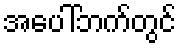
အပေါ်ဘက်တွင်